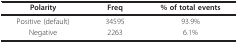
<table><thead><tr><td><b>Polarity</b></td><td><b>Freq</b></td><td><b>% of total events</b></td></tr></thead><tbody><tr><td>Positive (default)</td><td>34595</td><td>93.9%</td></tr><tr><td>Negative</td><td>2263</td><td>6.1%</td></tr></tbody></table>